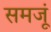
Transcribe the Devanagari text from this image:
समजूं